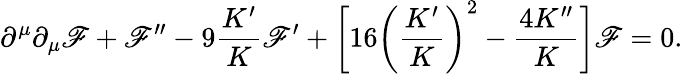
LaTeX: \partial^{\mu}\partial_{\mu}\mathscr{F}+\mathscr{F}^{\prime\prime}-9\frac{{K^{\prime}}}{{K}}\mathscr{F}^{\prime}+\bigg[16\bigg(\frac{{K^{\prime}}}{{K}}\bigg)^{2}-\frac{{4K^{\prime\prime}}}{{K}}\bigg]\mathscr{F}=0.